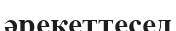
әрекеттесед